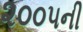
૨૦૦૫ની